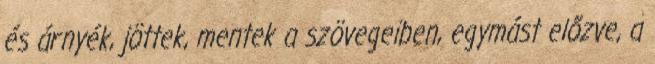
és árnyék, jöttek, mentek a szövegeiben, egymást előzve, a